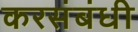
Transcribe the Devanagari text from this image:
करसंबंधी